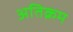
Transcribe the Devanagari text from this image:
अतिक्रम